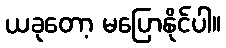
ယခုတော့ မပြောနိုင်ပါ။